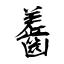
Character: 齹